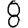
Digit: 8